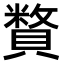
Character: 𧷍